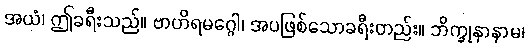
အယံ၊ ဤခရီးသည်။ ဗာဟိရမဂ္ဂေါ၊ အပဖြစ်သောခရီးတည်း။ ဘိက္ခုနာနာမ၊